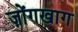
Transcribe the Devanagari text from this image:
ज़ोंगखाग